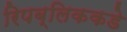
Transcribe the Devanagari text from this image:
रिपब्लिककडे